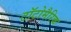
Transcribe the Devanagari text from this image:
टॉटोमैरिक